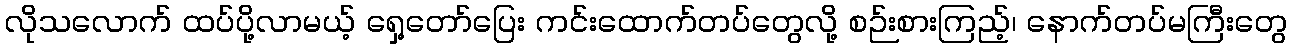
လိုသလောက် ထပ်ပို့လာမယ့် ရှေ့တော်ပြေး ကင်းထောက်တပ်တွေလို့ စဉ်းစားကြည့်၊ နောက်တပ်မကြီးတွေ